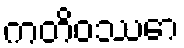
ကတိဝဿော